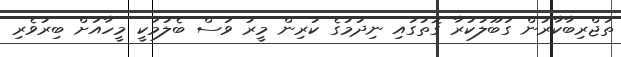
ތަޖްރިބާކާރުން ގަބޫލުކުރާ ގޮތުގައި ނިދުމުގެ ކުރިން މީރު ވަސް ބެލުމަކީ މީހާއަށް ބިރުވެރި